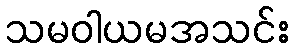
သမဝါယမအသင်း